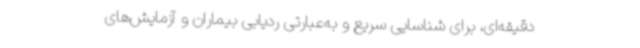
دقیقه‌ای، برای شناسایی سریع و به‌عبارتی ردیابی بیماران و آزمایش‌های